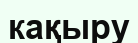
кақыру